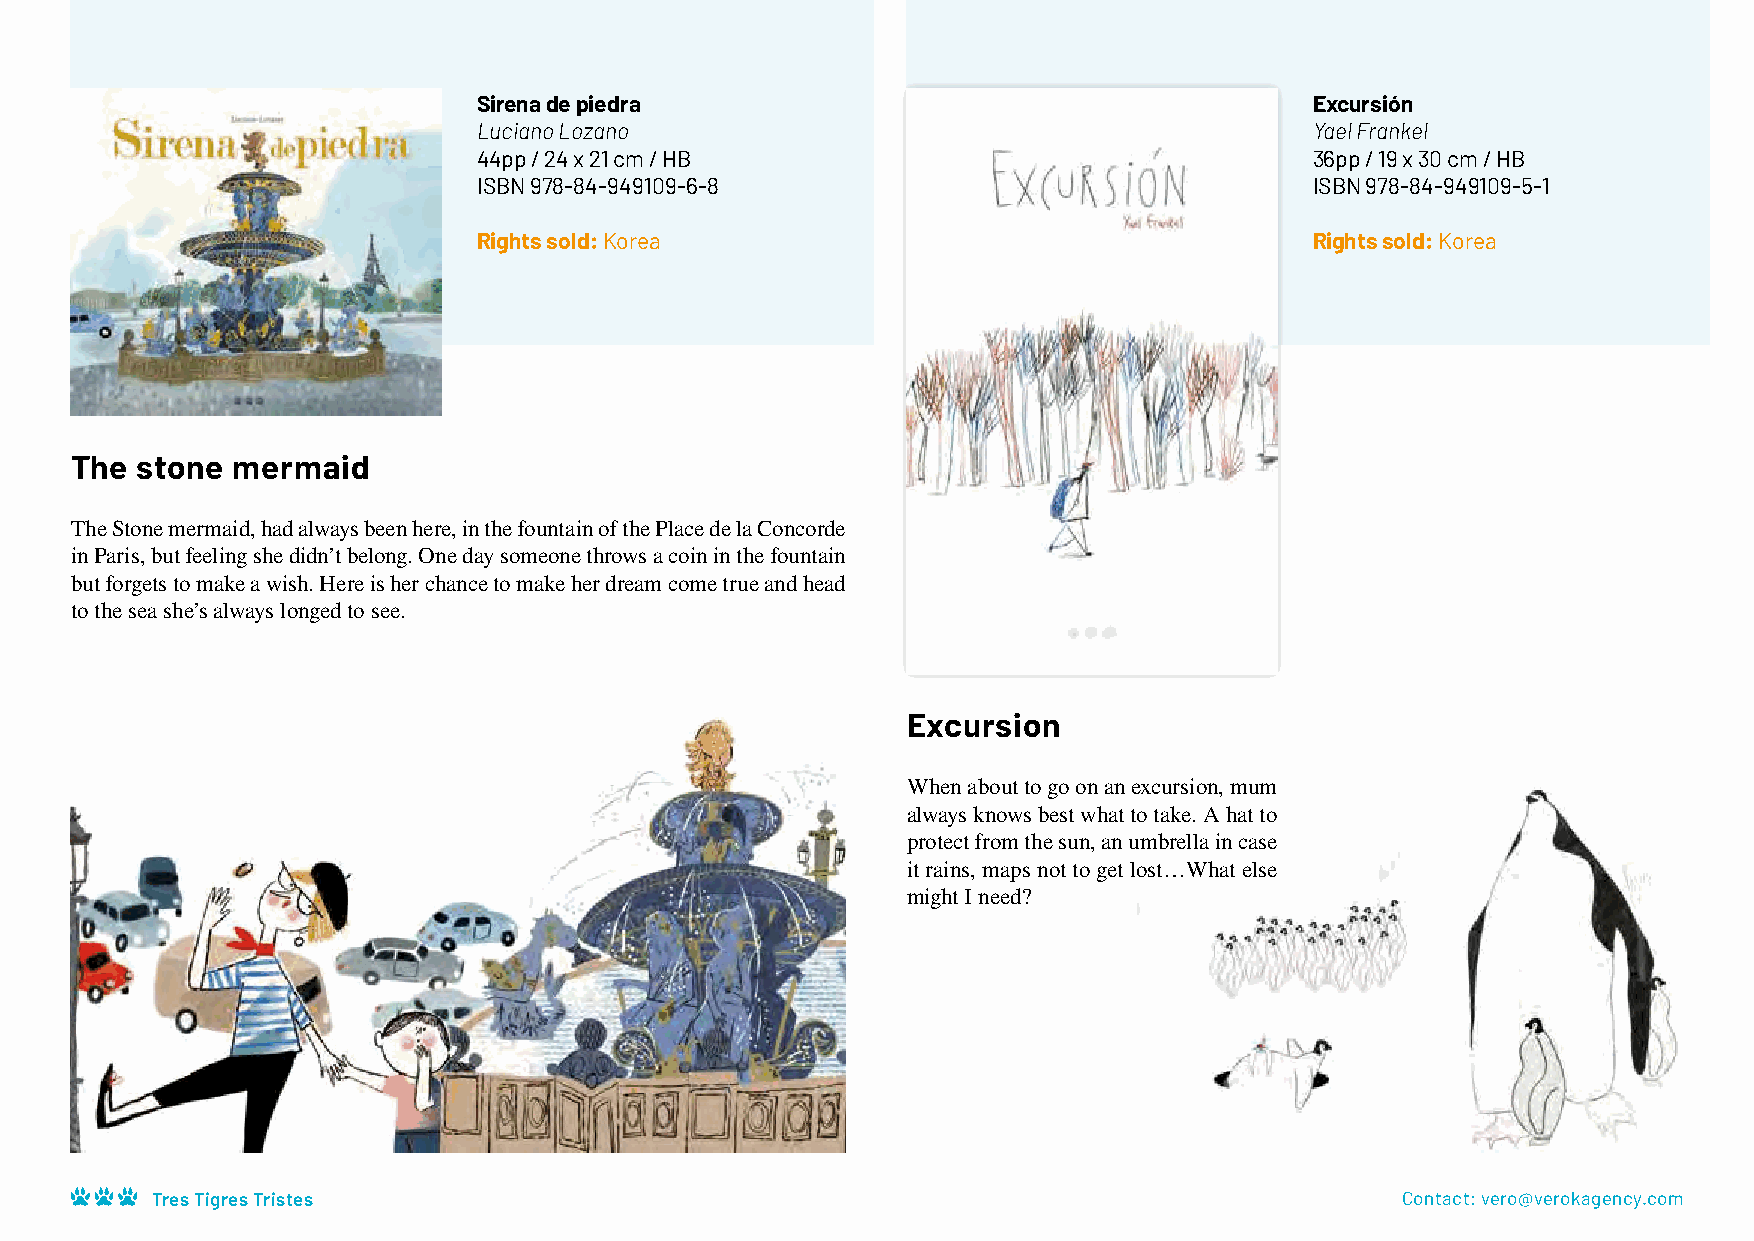
Sirena de piedra                                       Excursión
 Luciano Lozano                                         Yael Frankel
 44pp / 24 x 21 cm / HB                                 36pp / 19 x 30 cm / HB
 ISBN 978-84-949109-6-8                                 ISBN 978-84-949109-5-1
 Rights sold: Korea                                     Rights sold: Korea
 The stone mermaid
 The Stone mermaid, had always been here, in the fountain of the Place de la Concorde
 in Paris, but feeling she didn’t belong. One day someone throws a coin in the fountain
 but forgets to make a wish. Here is her chance to make her dream come true and head
 to the sea she’s always longed to see.
 Excursion
 When about to go on an excursion, mum
 always knows best what to take. A hat to
 protect from the sun, an umbrella in case
 it rains, maps not to get lost…What else
 might I need?
 Tres Tigres Tristes                                                                Contact: vero@verokagency.com